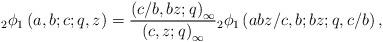
LaTeX: \begin{align*}_{2}\phi_{1}\left(a,b;c;q,z\right)=\frac{\left(c/b,bz;q\right)_{\infty}}{\left(c,z;q\right)_{\infty}}{}_{2}\phi_{1}\left(abz/c,b;bz;q,c/b\right),\end{align*}